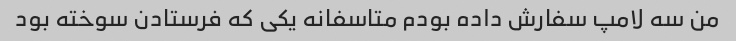
من سه لامپ سفارش داده بودم متاسفانه یکی که فرستادن سوخته بود